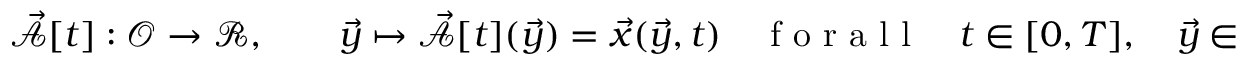
\vec { \mathcal { A } } [ t ] : \mathcal { O } \to \mathscr { R } , \qquad \vec { y } \mapsto \vec { \mathcal { A } } [ t ] ( \vec { y } ) = \vec { x } ( \vec { y } , t ) \quad \mathrm { ~ f ~ o ~ r ~ a ~ l ~ l ~ } \quad t \in [ 0 , T ] , \quad \vec { y } \in \mathcal { O } .